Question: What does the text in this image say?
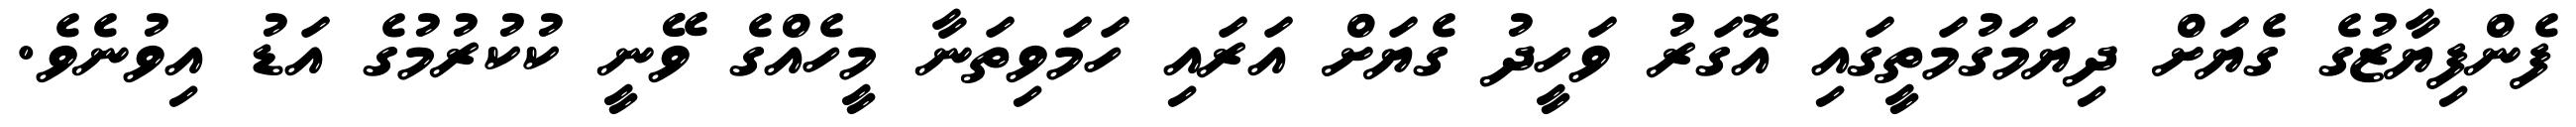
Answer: ފެންފިޔާޒުގެ ގެޔަށް ދިޔަމަގުމަތީގައި އޮގަރު ވަހީދު ގެޔަށް އަރައި ހަމަވިތަނާ މީހެއްގެ ވޭނީ ކުކުރުމުގެ އަޑު އިވުނެވެ.